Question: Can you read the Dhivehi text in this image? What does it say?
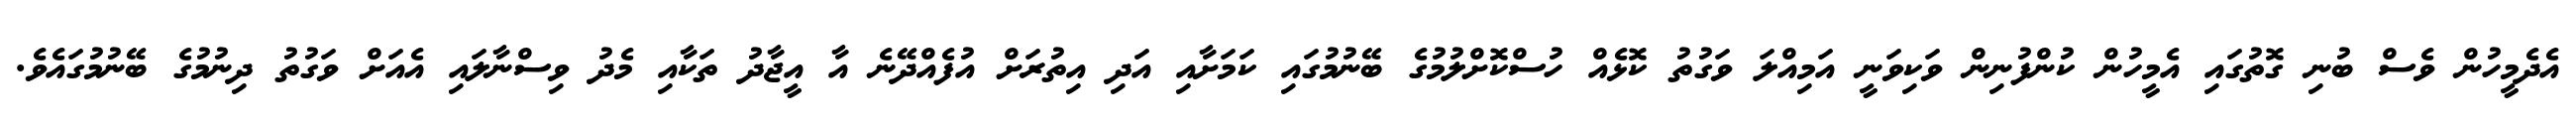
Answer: އެދެމީހުން ވެސް ބުނި ގޮތުގައި އެމީހުން ކުންފުނިން ވަކިވަނީ އަމިއްލަ ވަގުތު ކޮޅެއް ހުސްކޮށްލުމުގެ ބޭނުމުގައި ކަމަށާއި އަދި އިތުރަށް އުފެއްދޭނެ އާ އީޖާދު ތަކާއި މެދު ވިސްނާލައި އެއަށް ވަގުތު ދިނުމުގެ ބޭނުމުގައެވެ.